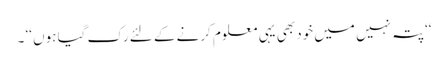
‘‘پتہ نہیں میں خود بھی یہی معلوم کرنے کے لئے رک گیا ہوں ‘‘ ۔